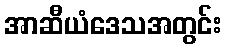
အာဆီယံဒေသအတွင်း